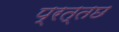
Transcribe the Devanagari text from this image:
प्रत्तछ